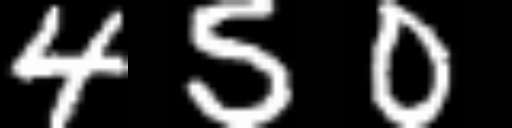
Text: 450